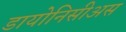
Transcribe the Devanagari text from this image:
डायोनिसीअस